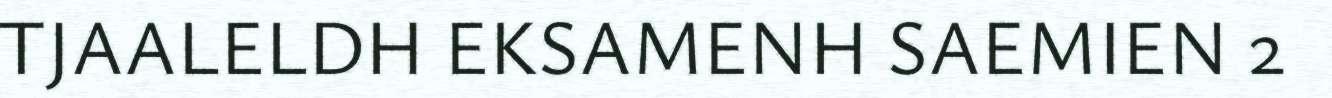
TJAALELDH EKSAMENH SAEMIEN 2